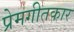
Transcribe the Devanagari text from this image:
प्रेमगीतकार